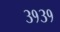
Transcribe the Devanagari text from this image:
३१३१